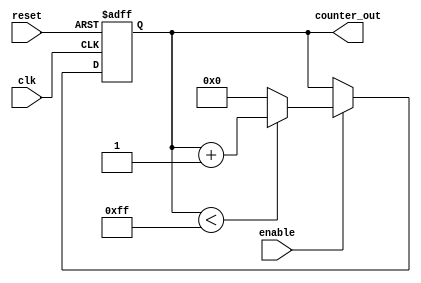
module UpCounter #(
    parameter WIDTH = 8,           // Width of the counter (number of bits)
    parameter INITIAL_VALUE = 0,   // Initial value for the counter
    parameter MAX_VALUE = 255       // Maximum value for the counter
)(
    input wire clk,                // Clock input
    input wire reset,              // Asynchronous reset
    input wire enable,             // Enable signal
    output reg [WIDTH-1:0] counter_out // Counter output
);

    // Always block for synchronous counting and asynchronous reset
    always @(posedge clk or posedge reset) begin
        if (reset) begin
            // Reset the counter to the initial value
            counter_out <= INITIAL_VALUE;
        end else if (enable) begin
            // Increment the counter if enable is high
            if (counter_out < MAX_VALUE) begin
                counter_out <= counter_out + 1;
            end else begin
                // Optionally wrap around or latch at max value
                counter_out <= INITIAL_VALUE; // Wrap around to initial value
                // Uncomment the next line to latch at max value instead
                // counter_out <= MAX_VALUE; // Latch at maximum value
            end
        end
    end

endmodule